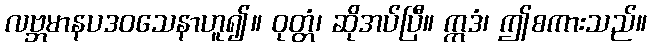
လဗ္ဘမာနပဒဝသေနာဟူ၍။ ဝုတ္တံ၊ ဆိုအပ်ပြီ။ ဣဒံ၊ ဤစကားသည်။